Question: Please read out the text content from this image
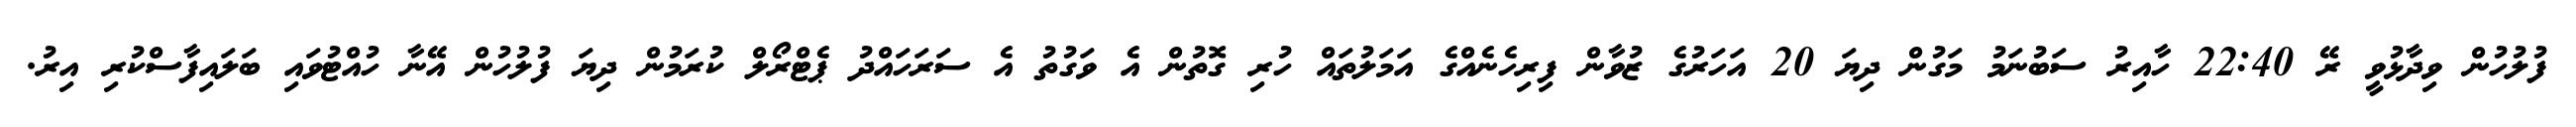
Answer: ފުލުހުން ވިދާޅުވީ ރޭ 22:40 ހާއިރު ސަބުނަމު މަގުން ދިޔަ 20 އަހަރުގެ ޒުވާން ފިރިހެނެއްގެ އަމަލުތައް ހުރި ގޮތުން އެ ވަގުތު އެ ސަރަހައްދު ޕެޓްރޯލް ކުރަމުން ދިޔަ ފުލުހުން އޭނާ ހުއްޓުވައި ބަލައިފާސްކުރި އިރު.